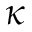
\kappa